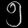
Digit: ၅